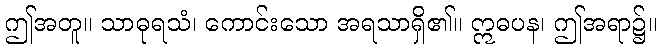
ဤအတူ။ သာဓုရသံ၊ ကောင်းသော အရသာရှိ၏။ ဣဓပန၊ ဤအရာ၌။